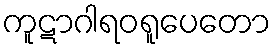
ကူဋာဂါရဝရူပေတော